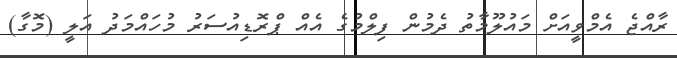
ރާއްޖެ އެމްވީއަށް މައުލޫމާތު ދެމުން ފިލްމުގެ އެއް ޕްރޮޑިއުސަރު މުހައްމަދު އަލީ (މޮގާ)